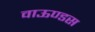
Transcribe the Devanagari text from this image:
वाऊण्डस